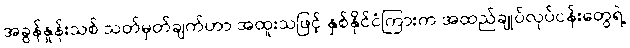
အခွန်နှုန်းသစ် သတ်မှတ်ချက်ဟာ အထူးသဖြင့် နှစ်နိုင်ငံကြားက အထည်ချုပ်လုပ်ငန်းတွေရဲ့